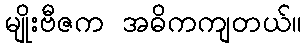
မျိုးဗီဇက အဓိကကျတယ်။